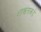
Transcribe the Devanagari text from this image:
शाश्वताकडे